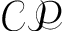
\mathcal { C P }